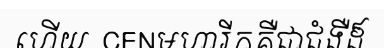
ហើយ  CENមហារីកគឺជាជំងឺដ៏